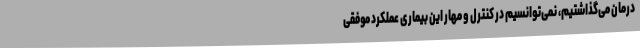
درمان می‌گذاشتیم، نمی‌توانسیم در کنترل و مهار این بیماری عملکرد موفقی